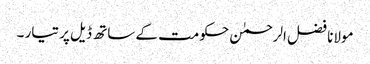
مولانا فضل الرحمٰن حکومت کے ساتھ ڈیل پر تیار ۔